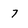
Character: 7